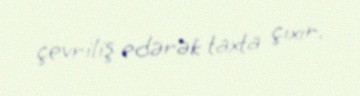
çevriliş edərək taxta çıxır.